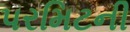
પરમિટની